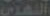
النهدي